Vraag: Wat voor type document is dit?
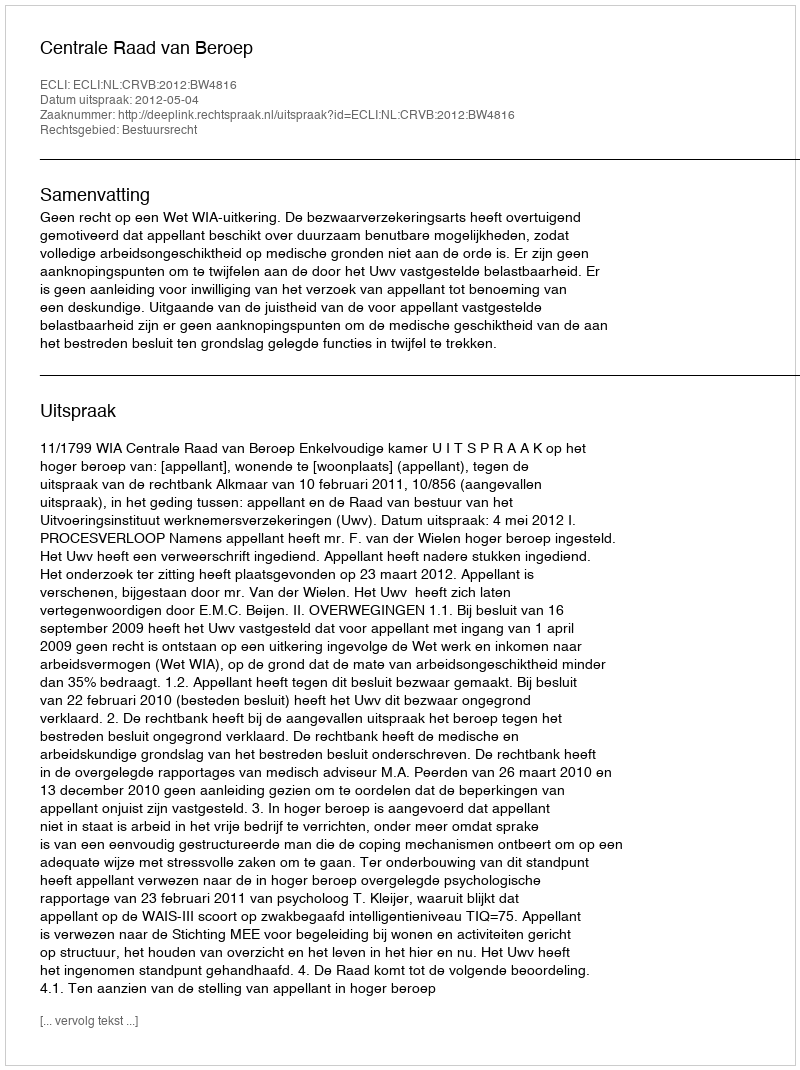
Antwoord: Uitspraak